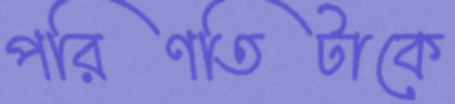
পরিণতিটাকে